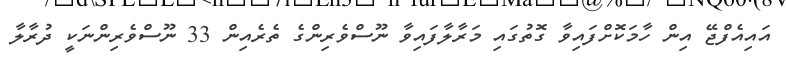
އައިއެފްޖޭ އިން ހާމަކޮށްފައިވާ ގޮތުގައި މަރާލާފައިވާ ނޫސްވެރިންގެ ތެރެއިން 33 ނޫސްވެރިންނަކީ ދުރާލާ